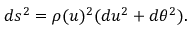
d s ^ { 2 } = \rho ( u ) ^ { 2 } ( d u ^ { 2 } + d \theta ^ { 2 } ) .